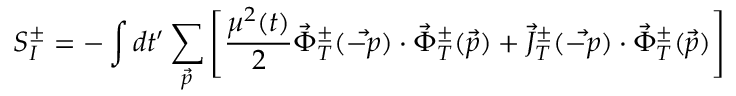
S _ { I } ^ { \pm } = - \int d t ^ { \prime } \sum _ { \vec { p } } \left[ \frac { \mu ^ { 2 } ( t ) } { 2 } \vec { \Phi } _ { T } ^ { \pm } ( \vec { - p } ) \cdot { \vec { \Phi } ^ { \pm } } _ { T } ( \vec { p } ) + \vec { J } _ { T } ^ { \pm } ( \vec { - p } ) \cdot { \vec { \Phi } ^ { \pm } } _ { T } ( \vec { p } ) \right]